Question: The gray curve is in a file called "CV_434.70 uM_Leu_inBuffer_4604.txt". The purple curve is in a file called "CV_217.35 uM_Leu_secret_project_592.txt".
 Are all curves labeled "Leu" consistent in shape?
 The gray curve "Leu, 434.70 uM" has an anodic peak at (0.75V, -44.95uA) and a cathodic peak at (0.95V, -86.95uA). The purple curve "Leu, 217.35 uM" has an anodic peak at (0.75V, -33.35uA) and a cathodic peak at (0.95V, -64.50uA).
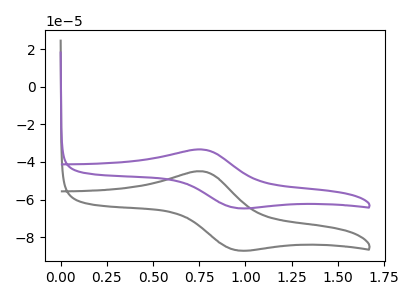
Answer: <think>All the peaks in "Leu, 434.70 uM" have a peak in "Leu, 217.35 uM" at the same potential.
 </think>
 <answer>All the CV's of "Leu" have similar shape.</answer>
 <eval>follow_rule</eval>